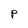
Character: P